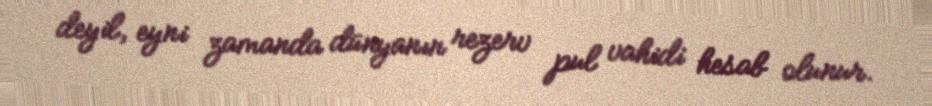
deyil, eyni zamanda dünyanın rezerv pul vahidi hesab olunur.